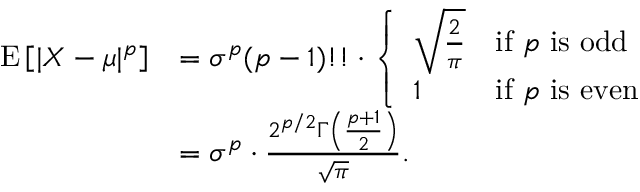
{ \begin{array} { r l } { \operatorname { E } \left[ | X - \mu | ^ { p } \right] } & { = \sigma ^ { p } ( p - 1 ) ! ! \cdot { \left\{ \begin{array} { l l } { { \sqrt { \frac { 2 } { \pi } } } } & { { \mathrm { i f ~ } } p { \mathrm { ~ i s ~ o d d } } } \\ { 1 } & { { \mathrm { i f ~ } } p { \mathrm { ~ i s ~ e v e n } } } \end{array} \right. } } \\ & { = \sigma ^ { p } \cdot { \frac { 2 ^ { p / 2 } \Gamma \left( { \frac { p + 1 } { 2 } } \right) } { \sqrt { \pi } } } . } \end{array} }